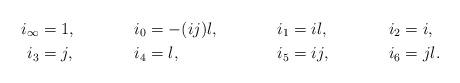
LaTeX: \begin{align*} i_\infty &= 1, & i_0 &= -(ij)l, & i_1 &= il, & i_2 &= i,\\ i_3 &= j, & i_4 &= l, & i_5 &= ij, & i_6 &= jl.\end{align*}